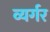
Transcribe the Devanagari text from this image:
व्यर्गर